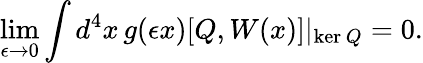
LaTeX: \operatorname*{lim}_{\epsilon\to 0}\int d^{4}x\, g(\epsilon x)[Q,W(x)]\vert_{\mathrm{ker}\, Q}=0.